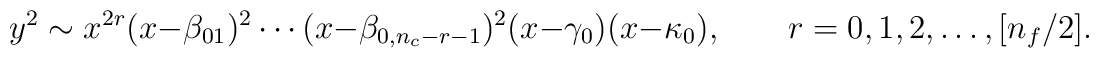
y^2\sim   x^{2r} (x-\beta_{0 1})^{2} \cdots        (x-\beta_{0, n_{c}-r-1})^{2} (x-\gamma_0) (x-\kappa_0),        \qquad        r=0,1,2,\ldots, [n_f/2].